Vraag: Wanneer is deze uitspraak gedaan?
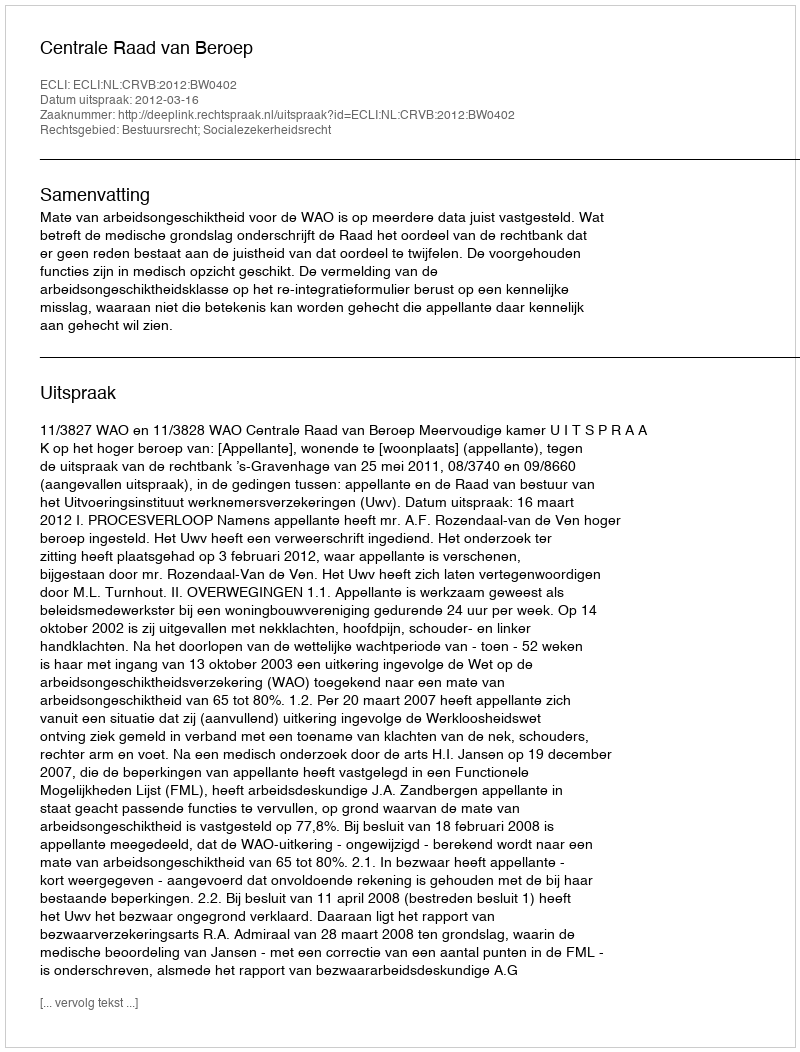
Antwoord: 2012-03-16